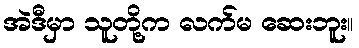
အဲဒီမှာ သူတို့က လက်မ ဆေးဘူး။